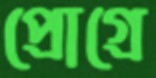
প্রোগ্রে